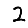
Digit: 2